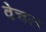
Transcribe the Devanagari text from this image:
वेचल